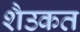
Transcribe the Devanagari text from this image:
शैउकत